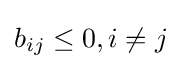
b_{ij}\leq 0,i\neq j